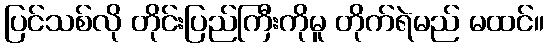
ပြင်သစ်လို တိုင်းပြည်ကြီးကိုမူ တိုက်ရဲမည် မထင်။